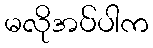
မလိုအပ်ပါက